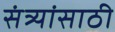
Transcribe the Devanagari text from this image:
संत्र्यांसाठी